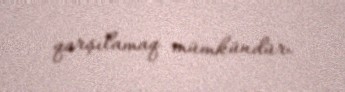
qarşılamaq mümkündür.